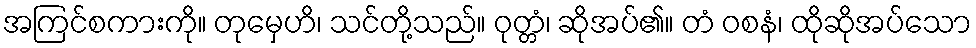
အကြင်စကားကို။ တုမှေဟိ၊ သင်တို့သည်။ ဝုတ္တံ၊ ဆိုအပ်၏။ တံ ဝစနံ၊ ထိုဆိုအပ်သော